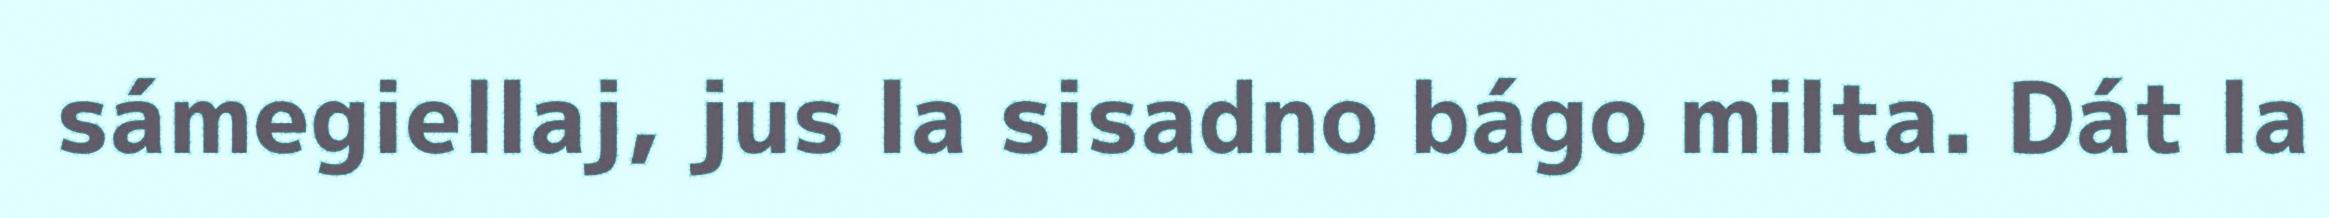
sámegiellaj, jus la sisadno bágo milta. Dát la